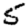
Digit: 5